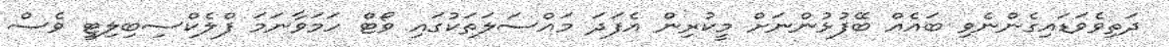
ދަތިވެވަޑައިގެންނެވި ބައެއް ބޭފުޅުންނަށް މީކުރިން އެފަދަ މައްސަލަތަކުގައި ވޯޓް ހަމަވާނަމަ ފްލެކްސިބިލިޓީ ވެސް